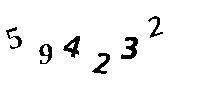
594232